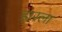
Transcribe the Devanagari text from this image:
हारला